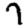
Digit: 7